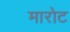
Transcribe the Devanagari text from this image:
मारोट